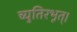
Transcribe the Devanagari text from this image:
च्युतिरभूत्।